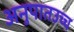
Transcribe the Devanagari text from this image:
अनुपातउच्च